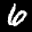
Label: 6